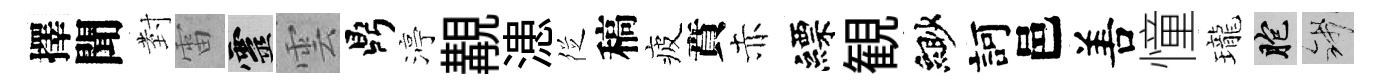
擇聞𭔹雷靈雲鼎渟覯漶徔稿疲賁赤縹観緲訶邑𠵊憧瓏胞錢